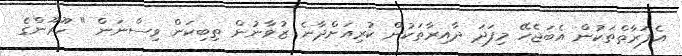
އެފަރާތްތަކުން އެބަޖެހޭ މިފަދަ ދާއިރާތަކުން ކުރިއަށްދާނެ ޒުވާނުން ތިބިކަން ވިސްނަން " ހޫރޫންގެ